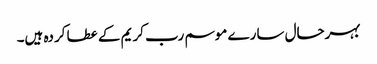
بہرحال سارے موسم رب کریم کے عطا کردہ ہیں۔